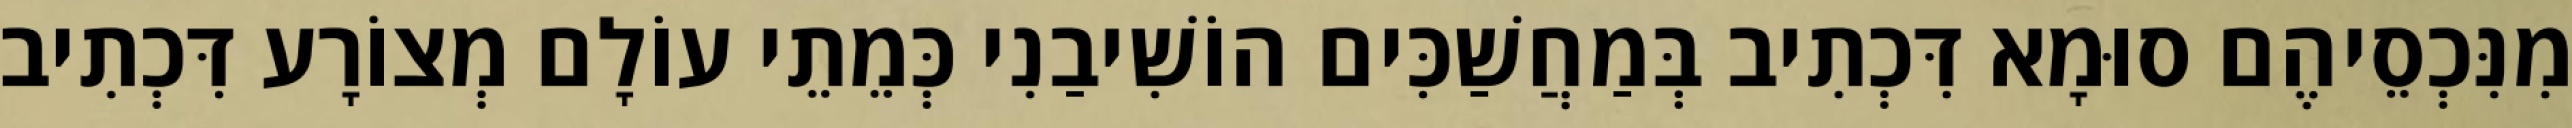
מִנִּכְסֵיהֶם סוּמָא דִּכְתִיב בְּמַחֲשַׁכִּים הוֹשִׁיבַנִי כְּמֵתֵי עוֹלָם מְצוֹרָע דִּכְתִיב